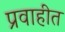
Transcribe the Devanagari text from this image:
प्रवाहीत